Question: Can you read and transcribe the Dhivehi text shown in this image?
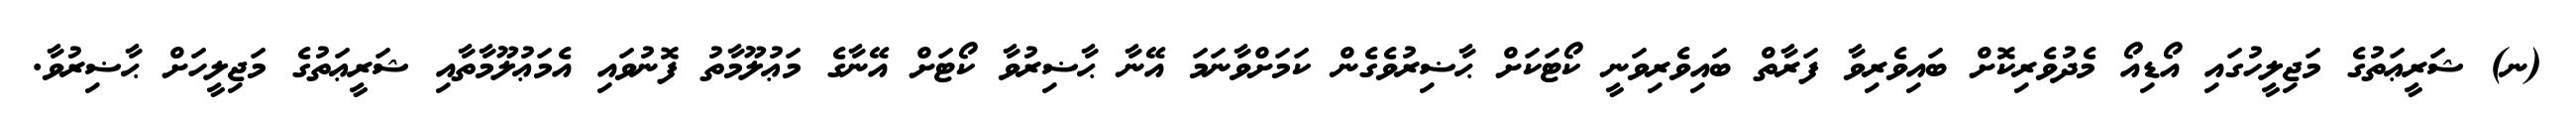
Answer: (ނ) ޝަރީޢަތުގެ މަޖިލީހުގައި އޯޑިއޯ މެދުވެރިކޮށް ބައިވެރިވާ ފަރާތް ބައިވެރިވަނީ ކޯޓަކަށް ޙާޟިރުވެގެން ކަމަށްވާނަމަ އޭނާ ޙާޟިރުވާ ކޯޓަށް އޭނާގެ މަޢުލޫމާތު ފޮނުވައި އެމަޢުލޫމާތާއި ޝަރީޢަތުގެ މަޖިލީހަށް ޙާޟިރުވާ.